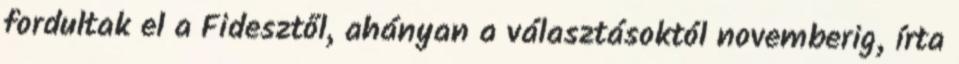
fordultak el a Fidesztől, ahányan a választásoktól novemberig, írta